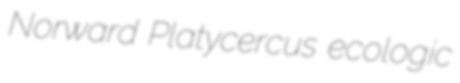
Norward Platycercus ecologic